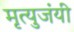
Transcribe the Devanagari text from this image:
मृत्युजंयी